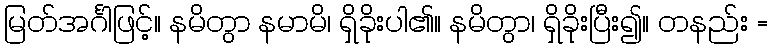
မြတ်အင်္ဂါဖြင့်။ နမိတွာ နမာမိ၊ ရှိခိုးပါ၏။ နမိတွာ၊ ရှိခိုးပြီး၍။ တနည်း =